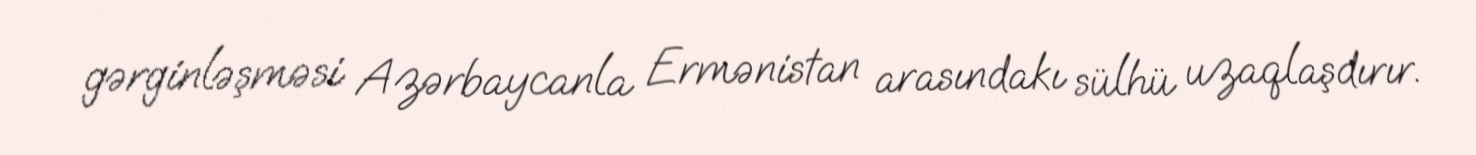
gərginləşməsi Azərbaycanla Ermənistan arasındakı sülhü uzaqlaşdırır.